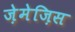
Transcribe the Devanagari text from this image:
ज़ेमेज़िस